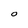
Character: 0